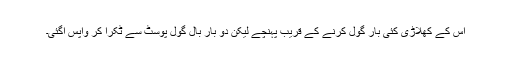
اس کے کھلاڑی کئی بار گول کرنے کے قریب پہنچے لیکن دو بار بال گول پوسٹ سے ٹکرا کر واپس آگئی۔